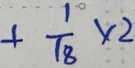
+ \frac { 1 } { 1 8 } \times 2